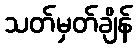
သတ်မှတ်ချိန်